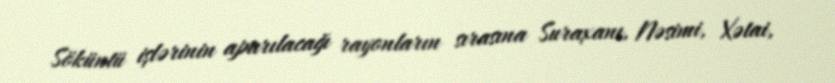
Söküntü işlərinin aparılacağı rayonların sırasına Suraxanı, Nəsimi, Xətai,